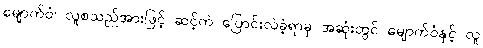
မျောက်ဝံ၊ လူစသည်အားဖြင့် ဆင့်ကဲ ပြောင်းလဲခဲ့ရာမှ အဆုံးတွင် မျောက်ဝံနှင့် လူ